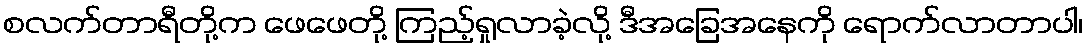
စလက်တာရီတို့က ဖေဖေတို့ ကြည့်ရှုလာခဲ့လို့ ဒီအခြေအနေကို ရောက်လာတာပါ၊